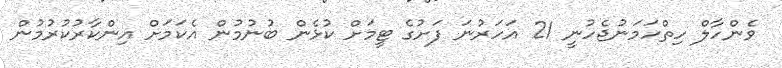
ވެންހާލް ހިތްހަމަނުޖެހުނީ 21 އަހަރުނަ ފަށުގެ ޓީމަށް ކުޅެން ބުނުމުން އެކަމަށް އިންކާރުކުރުމުން